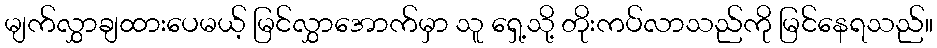
မျက်လွှာချထားပေမယ့် မြင်လွှာအောက်မှာ သူ ရှေ့သို့ တိုးကပ်လာသည်ကို မြင်နေရသည်။